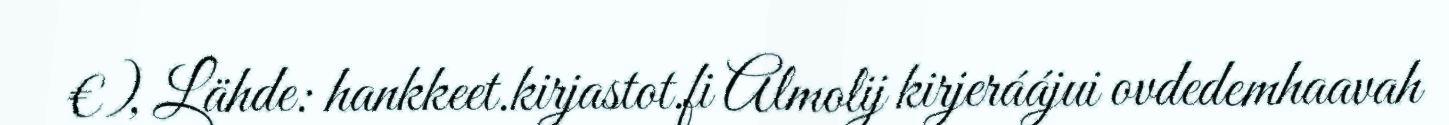
€), Lähde: hankkeet.kirjastot.fi Almolij kirjeráájui ovdedemhaavah